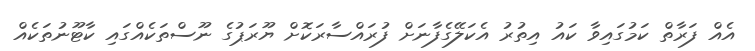
އެއް ފަރާތް ކަމުގައިވާ ކައު އިތުރު އެކަލޭގެފާނަށް ފުރައްސާރަކޮށް ޔޫރަޕުގެ ނޫސްތަކެއްގައި ކާޓޫނުތަކެއް